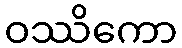
ဝဿိကော